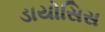
ડાયોસિસ